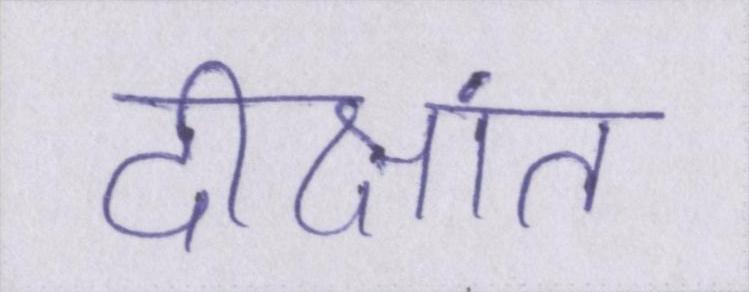
दीक्षांत